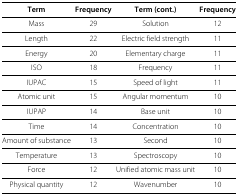
<table><thead><tr><td><b>Term</b></td><td><b>Frequency</b></td><td><b>Term (cont.)</b></td><td><b>Frequency</b></td></tr></thead><tbody><tr><td>Mass</td><td>29</td><td>Solution</td><td>12</td></tr><tr><td>Length</td><td>22</td><td>Electric field strength</td><td>11</td></tr><tr><td>Energy</td><td>20</td><td>Elementary charge</td><td>11</td></tr><tr><td>ISO</td><td>18</td><td>Frequency</td><td>11</td></tr><tr><td>IUPAC</td><td>15</td><td>Speed of light</td><td>11</td></tr><tr><td>Atomic unit</td><td>15</td><td>Angular momentum</td><td>10</td></tr><tr><td>IUPAP</td><td>14</td><td>Base unit</td><td>10</td></tr><tr><td>Time</td><td>14</td><td>Concentration</td><td>10</td></tr><tr><td>Amount of substance</td><td>13</td><td>Second</td><td>10</td></tr><tr><td>Temperature</td><td>13</td><td>Spectroscopy</td><td>10</td></tr><tr><td>Force</td><td>12</td><td>Unified atomic mass unit</td><td>10</td></tr><tr><td>Physical quantity</td><td>12</td><td>Wavenumber</td><td>10</td></tr></tbody></table>